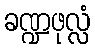
ခဏ္ဍဖုလ္လံ